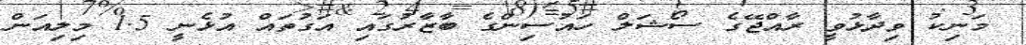
މަނިކު ވިދާޅުވީ ރާއްޖޭގެ ސޯޝަލް ހައުސިންގެ ބާޒާރުގައި އަގުތައް އުޅެނީ 1.5 މިލިއަން